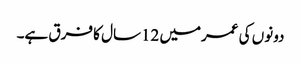
دونوں کی عمرمیں 12سال کا فرق ہے۔